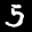
Label: 5